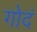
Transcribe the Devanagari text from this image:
गोदं